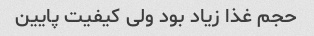
حجم غذا زیاد بود ولی کیفیت پایین